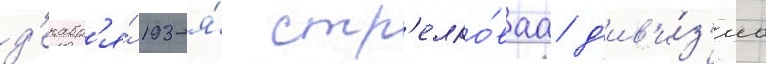
д'екабр'я́ 193-я́ стр'елко́ваа д'ив'и́з'иа